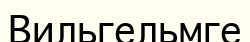
Вильгельмге